Vaccination report Assam 1874-1896 - 1874-1896
Year: 1874
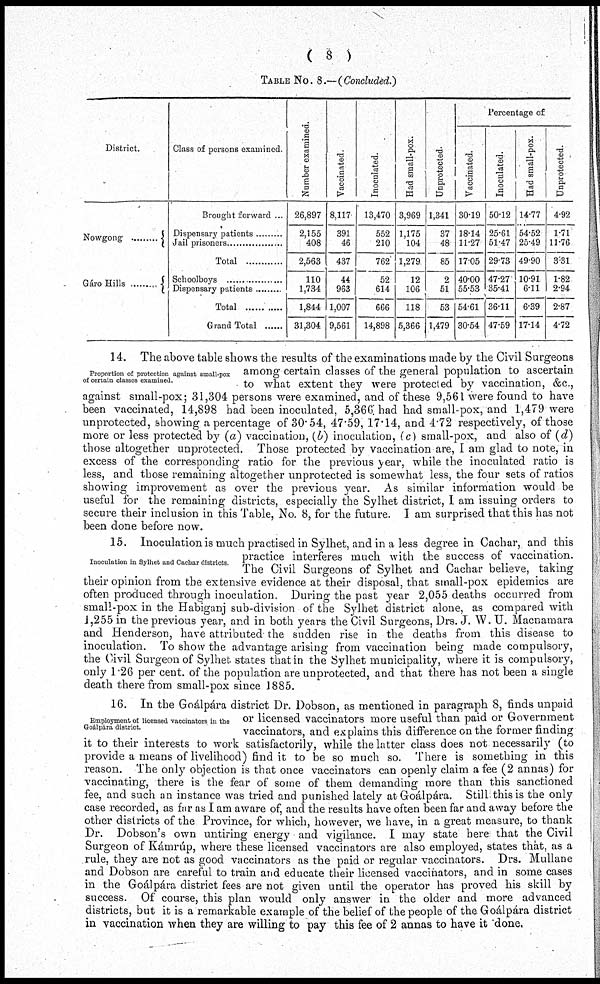
( 8 )
TABLE No. 8.—( Concluded.)
District.
Nowgong ............
Gáro Hills ............
Class of persons examined.
Brought forward ...
Dispensary patients
Jail prisoners ............
Total
Schoolboys ...............
Dispensary patient .........
Total ............
Grand Total ......
Number examined.
26,897
2,155
408
2,563
110
1,734
1,844
31,304
Vaccinated.
8,117
391
46
437
44
963
1,007
9,561
Inoculated.
13,470
552
210
762
52
614
666
14,898
Had small-pox.
3,969
1,175
104
1,279
12
106
118
5,366
Unprotected.
1,341
37
48
85
2
51
53
1,479
Percentage of
Vaccinated.
30.19
18.14
11.27
1705
40.00
55.53
54.61
30.54
Inoculated.
50.12
25.61
51.47
29.73
47.27
35.41
36.11
47.59
Had small-pox.
14.77
54.52
25.49
49.90
10.91
6.11
6.39
17.14
Unprotected.
4.92
1.71
11.76
3.31
1.82
2.94
2.87
4.72
Proportion of protection against small-pox
of certain classes examined.
14. The above table shows the results of the examinations made by the Civil Surgeons
among certain classes of the general population to ascertain
to what extent they were protected by vaccination, &c.,
against small-pox; 31,304 persons were examined, and of these 9,561 were found to have
been vaccinated, 14,898 had been inoculated, 5,366 had had small-pox, and 1,479 were
unprotected, showing a percentage of 30.54, 47.59, 17.14, and 4.72 respectively, of those
more or less protected by (a) vaccination, (b) inoculation, (c) small-pox, and also of (d)
those altogether unprotected. Those protected by vaccination are, I am glad to note, in
excess of the corresponding ratio for the previous year, while the inoculated ratio is
less, and those remaining altogether unprotected is somewhat less, the four sets of ratios
showing improvement as over the previous year. As similar information would be
useful for the remaining districts, especially the Sylhet district, I am issuing orders to
secure their inclusion in this Table, No. 8, for the future. I am surprised that this has not
been done before now.
Inoculation in Sylhet and Cachar districts
15. Inoculation is much practised in Sylhet, and in a less degree in Cachar, and this
practice interferes much with the success of vaccination.
The Civil Surgeons of Sylhet and Cachar believe, taking
their opinion from the extensive evidence at their disposal, that small-pox epidemics are
often produced through inoculation. During the past year 2,055 deaths occurred from
small-pox in the Habiganj sub-division of the Sylhet district alone, as compared with
1,255 in the previous year, and in both years the Civil Surgeons, Drs. J. W. U. Macnamara
and Henderson, have attributed. the sudden rise in the deaths from this disease to
inoculation. To show the advantage arising from vaccination being made compulsory,
the Civil Surgeon of Sylhet states that in the Sylhet municipality, where it is compulsory,
only 1.26 per cent. of the population are unprotected, and that there has not been a single
death there from small-pox since 1885.
Employment of licensed vaccinators in the
Goálpára district.
16. In the Goálpára district Dr. Dobson, as mentioned in paragraph 8, finds unpaid
or licensed vaccinators more useful than paid or Government
vaccinators, and explains this difference on the former finding
it to their interests to work satisfactorily, while the latter class does not necessarily (to
provide a means of livelihood) find it to be so much so. There is something in this
reason. The only objection is that once vaccinators can openly claim a fee (2 annas) for
vaccinating, there is the fear of some of them demanding more than this sanctioned
fee, and such an instance was tried and punished lately at Goálpára. Still this is the only
case recorded, as far as I am aware of, and the results have often been far and away before the
other districts of the Province, for which, however, we have, in a great measure, to thank
Dr. Dobson's own untiring energy and vigilance. I may state here that the Civil
Surgeon of Kámrúp, where these licensed vaccinators are also employed, states that, as a
rule, they are not as good vaccinators as the paid or regular vaccinators. Drs. Mullane
and Dobson are careful to train and educate their licensed vaccinators, and in some cases
in the Goálpára district fees are not given until the operator has proved his skill by
success. Of course, this plan would only answer in the older and more advanced
districts, but it is a remarkable example of the belief of the people of the Goálpára district
in vaccination when they are willing to pay this fee of 2 annas to have it done.